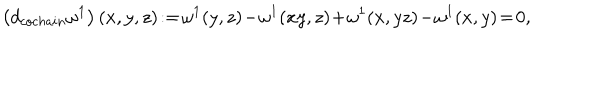
LaTeX: \left( d _ { c o c h a i n } \omega ^ { 1 } \right) ( x , y , z ) \! : = \! \omega ^ { 1 } ( y , z ) \! - \! \omega ^ { 1 } ( x y , z ) \! + \! \omega ^ { 1 } ( x , y z ) \! - \! \omega ^ { 1 } ( x , y ) \! = \! 0 ,